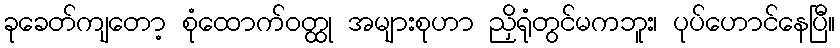
ခုခေတ်ကျတော့ စုံထောက်ဝတ္ထု အများစုဟာ ညှိရုံတွင်မကဘူး၊ ပုပ်ဟောင်နေပြီ။